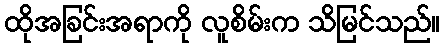
ထိုအခြင်းအရာကို လူစိမ်းက သိမြင်သည်။